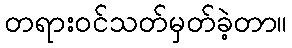
တရားဝင်သတ်မှတ်ခဲ့တာ။